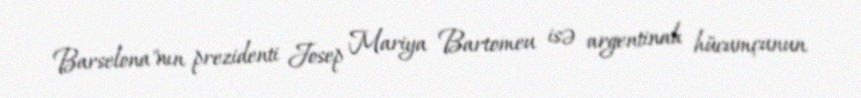
Barselona"nın prezidenti Josep Mariya Bartomeu isə argentinalı hücumçunun